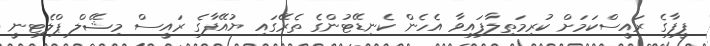
ފީފާގެ ރައީސްކަމަށް ކުރިމަތިލާފައިވާ އެހެން ކެނިޑޭޓުންގެ ތެރޭގައި ޔުއޭފާގެ ރަައީސް މިޝޭލް ޕްލެޓިނީ